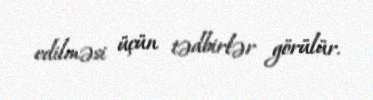
edilməsi üçün tədbirlər görülür.